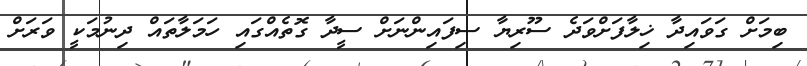
ބިމަށް ގަވައިދާ ޚިލާފަށްވަދެ ސޫރިޔާ ސިފައިންނަށް ސީދާ ގޮތެއްގައި ހަމަލާތައް ދިނުމަކީ ވަރަށް